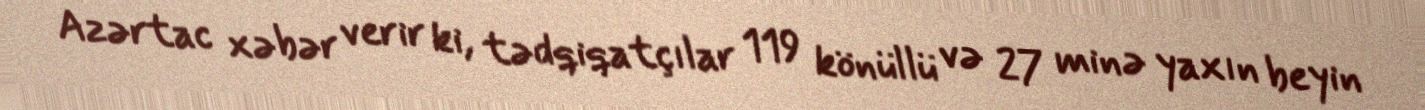
Azərtac xəbər verir ki, tədqiqatçılar 119 könüllü və 27 minə yaxın beyin